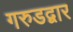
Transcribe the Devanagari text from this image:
गरुडद्वार